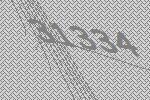
31334